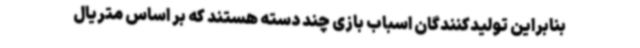
بنابراین تولیدکنندگان اسباب بازی چند دسته هستند که بر اساس متریال